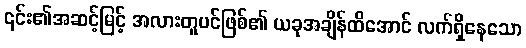
၎င်း၏အဆင့်မြင့် အလားတူပင်ဖြစ်၏ ယခုအချိန်ထိအောင် လက်ရှိနေသော